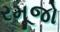
રમૂજો